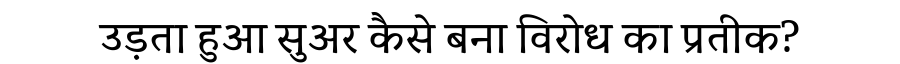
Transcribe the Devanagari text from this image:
उड़ता हुआ सुअर कैसे बना विरोध का प्रतीक?